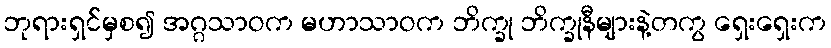
ဘုရားရှင်မှစ၍ အဂ္ဂသာဝက မဟာသာဝက ဘိက္ခု ဘိက္ခုနီများနဲ့တကွ ရှေးရှေးက